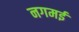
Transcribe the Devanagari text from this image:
नगमई